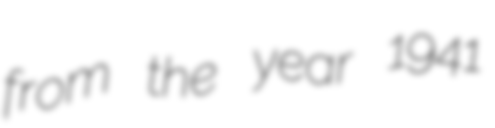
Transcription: from the year 1941